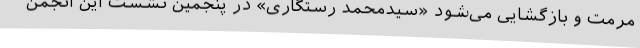
مرمت و بازگشایی می‌شود «سیدمحمد رستگاری» در پنجمین نشست این انجمن